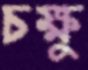
চক্ষু